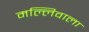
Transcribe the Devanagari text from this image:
मल्लिवाला